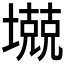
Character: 𱘋